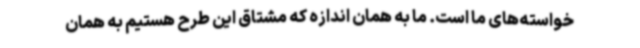
خواسته‌های ما است. ما به همان اندازه که مشتاق این طرح هستیم به همان